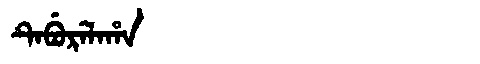
Manchu: ᡨᡝᠪᡠᡵᡝᠯᠠᡥᠠ
Romanization: TEBURELAHA